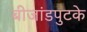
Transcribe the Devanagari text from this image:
बीजांडपुटके